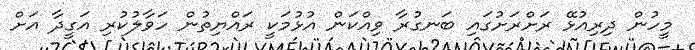
މީހުން ދިރިއުޅޭ ރަށްރަށުގައި ބަނގުރާ ވިއްކަން އުޅުމަކީ ރައްޔިތުން ހަވާލުކުރި އަގީދާ އަށް